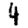
Digit: 4